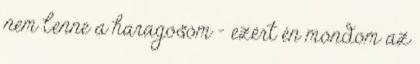
nem lenne a haragosom - ezért én mondom az